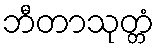
ဘီတာသုတ္တံ